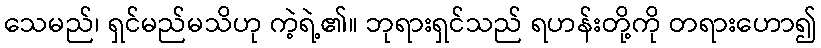
သေမည်၊ ရှင်မည်မသိဟု ကဲ့ရဲ့၏။ ဘုရားရှင်သည် ရဟန်းတို့ကို တရားဟော၍